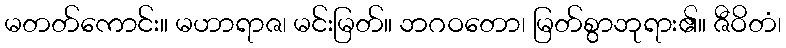
မတတ်ကောင်း။ မဟာရာဇ၊ မင်းမြတ်။ ဘဂဝတော၊ မြတ်စွာဘုရား၏။ ဇီဝိတံ၊